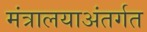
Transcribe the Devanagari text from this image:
मंत्रालयाअंतर्गत